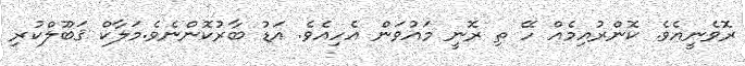
ރޮވެނީއެވެ. ކޮންރުއިމެއް ހޭ ތި ރޮނީ މައުވަން އެހިއެވެ. އަޑު ބާރުކޮންނެވެ.މަލާކް ޤަބޫލްކުރި